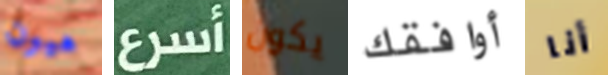
هيون أسرع يكون أوافقك أنا